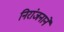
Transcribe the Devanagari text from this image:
निरांजनाने